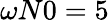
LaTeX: \omega N0=5